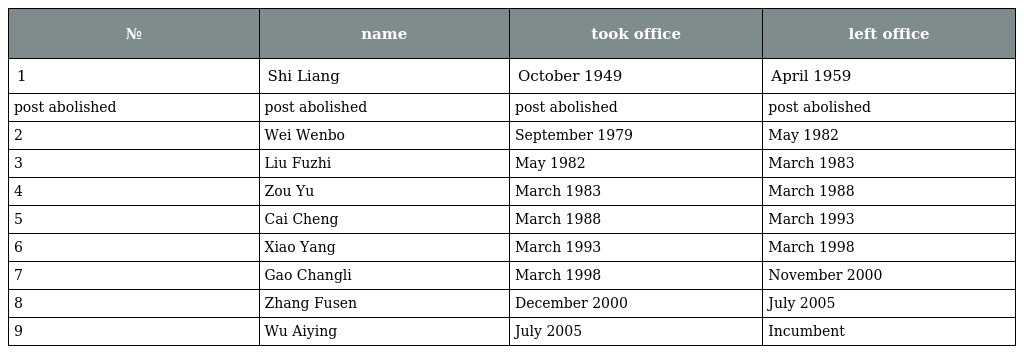
| № | name | took office | left office |
 | --- | --- | --- | --- |
 | 1 | Shi Liang | October 1949 | April 1959 |
 | post abolished | post abolished | post abolished | post abolished |
 | 2 | Wei Wenbo | September 1979 | May 1982 |
 | 3 | Liu Fuzhi | May 1982 | March 1983 |
 | 4 | Zou Yu | March 1983 | March 1988 |
 | 5 | Cai Cheng | March 1988 | March 1993 |
 | 6 | Xiao Yang | March 1993 | March 1998 |
 | 7 | Gao Changli | March 1998 | November 2000 |
 | 8 | Zhang Fusen | December 2000 | July 2005 |
 | 9 | Wu Aiying | July 2005 | Incumbent |